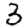
Digit: 3